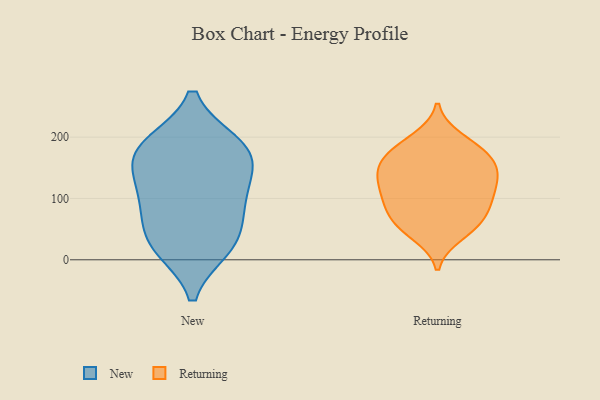
{"axis": {"x": "Operating Costs (USD K)", "y": "Value"}, "legend": ["New", "Returning"], "data": [{"x": "", "y": 143, "type": "New"}, {"x": "", "y": 112, "type": "New"}, {"x": "", "y": 181, "type": "New"}, {"x": "", "y": 161, "type": "New"}, {"x": "", "y": 33, "type": "New"}, {"x": "", "y": 186, "type": "New"}, {"x": "", "y": 80, "type": "New"}, {"x": "", "y": 92, "type": "New"}, {"x": "", "y": 24, "type": "New"}, {"x": "", "y": 20, "type": "New"}, {"x": "", "y": 188, "type": "New"}, {"x": "", "y": 126, "type": "Returning"}, {"x": "", "y": 93, "type": "Returning"}, {"x": "", "y": 132, "type": "Returning"}, {"x": "", "y": 93, "type": "Returning"}, {"x": "", "y": 62, "type": "Returning"}, {"x": "", "y": 135, "type": "Returning"}, {"x": "", "y": 159, "type": "Returning"}, {"x": "", "y": 47, "type": "Returning"}, {"x": "", "y": 170, "type": "Returning"}, {"x": "", "y": 107, "type": "Returning"}, {"x": "", "y": 150, "type": "Returning"}, {"x": "", "y": 173, "type": "Returning"}, {"x": "", "y": 198, "type": "Returning"}, {"x": "", "y": 97, "type": "Returning"}, {"x": "", "y": 192, "type": "Returning"}, {"x": "", "y": 62, "type": "Returning"}, {"x": "", "y": 72, "type": "Returning"}, {"x": "", "y": 130, "type": "Returning"}, {"x": "", "y": 165, "type": "Returning"}, {"x": "", "y": 40, "type": "Returning"}]}